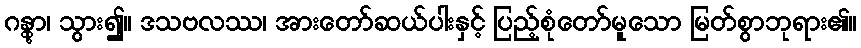
ဂန္တွာ၊ သွား၍။ ဒသဗလဿ၊ အားတော်ဆယ်ပါးနှင့် ပြည့်စုံတော်မူသော မြတ်စွာဘုရား၏။